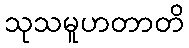
သုသမူဟတာတိ